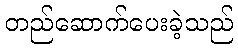
တည်ဆောက်ပေးခဲ့သည်